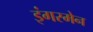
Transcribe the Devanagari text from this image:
इंगरमेन